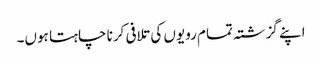
اپنے گزشتہ تمام رویوں کی تلافی کرنا چاہتا ہوں۔